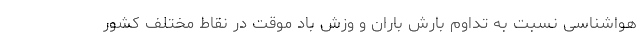
هواشناسی نسبت به تداوم بارش باران و وزش باد موقت در نقاط مختلف کشور